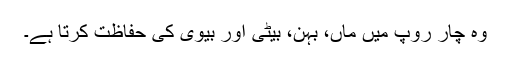
وہ چار روپ میں ماں، بہن، بیٹی اور بیوی کی حفاظت کرتا ہے۔